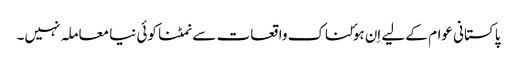
پاکستانی عوام کے لیے اِن ہوٴلناک واقعات سے نمٹنا کوئی نیا معاملہ نہیں۔